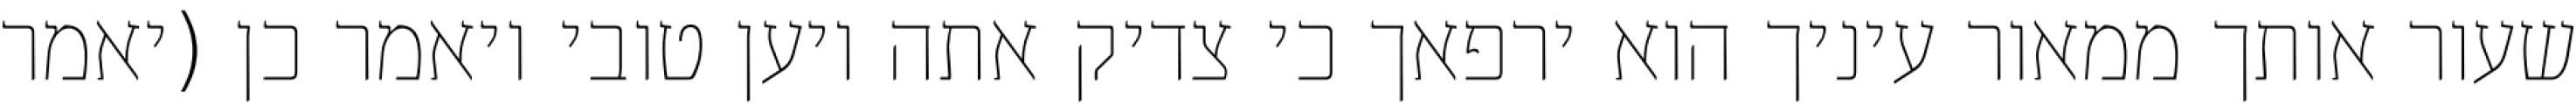
שעור אותך ממאור עיניך הוא ירפאך כי צדיק אתה ויען טובי ויאמר כן (יאמר